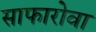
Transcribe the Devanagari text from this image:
साफारोवा